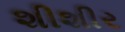
શીશીર